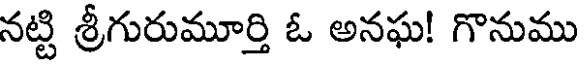
నట్టి శ్రీగురుమూర్తి ఓ అనఘ! గొనుము